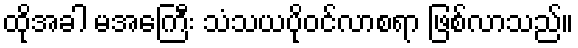
ထိုအခါ မအေကြီး သံသယပိုဝင်လာစရာ ဖြစ်လာသည်။